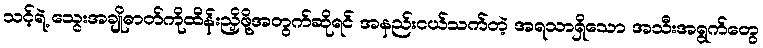
သင့်ရဲ့ သွေးအချိုဓာတ်ကိုထိန်းညှိဖို့အတွက်ဆိုရင် အနည်းငယ်သက်တဲ့ အရသာရှိသော အသီးအရွက်တွေ